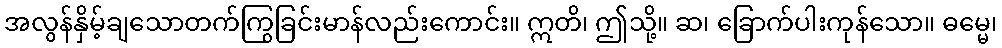
အလွန်နှိမ့်ချသောတက်ကြွခြင်းမာန်လည်းကောင်း။ ဣတိ၊ ဤသို့။ ဆ၊ ခြောက်ပါးကုန်သော။ ဓမ္မေ၊